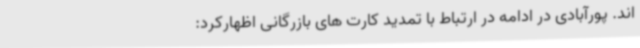
اند. پورآبادی در ادامه در ارتباط با تمدید کارت های بازرگانی اظهارکرد: